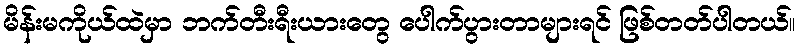
မိန်းမကိုယ်ထဲမှာ ဘက်တီးရီးယားတွေ ပေါက်ပွားတာများရင် ဖြစ်တတ်ပါတယ်။